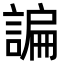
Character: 諞